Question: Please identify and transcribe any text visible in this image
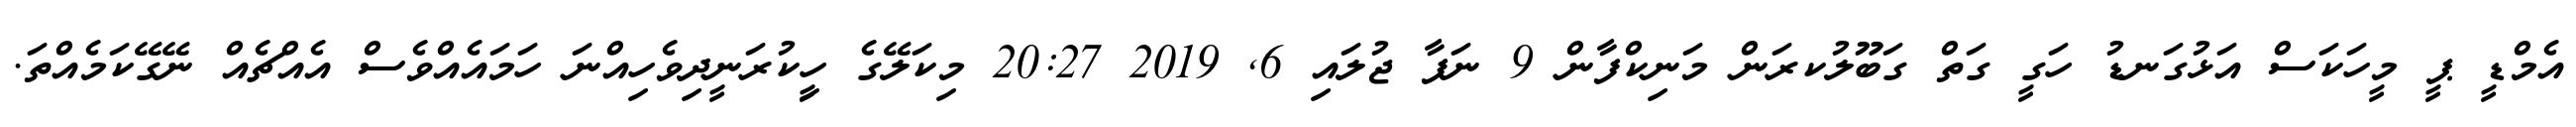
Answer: އެމްޑީ ޕީ މީހަކަސް އަޅުގަނޑު ހަގީ ގަތް ގަބޫލުކރަން މަނިކްފާން 9 ނަފާ ޖުލައި 6, 2019 20:27 މިކަލޭގެ ހީިކުރަނީދިވެހިއްނަ ހަމައެއްވެސް އެއްޗެއް ނޭގޭކަމެއްތަ.